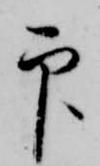
印